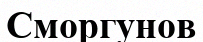
Сморгунов